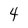
Character: 4